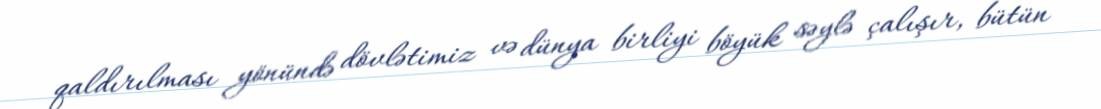
qaldırılması yönündə dövlətimiz və dünya birliyi böyük səylə çalışır, bütün